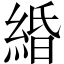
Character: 緍